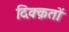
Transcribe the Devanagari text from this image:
दिक्क़तों